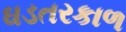
ઘડતરકાળ